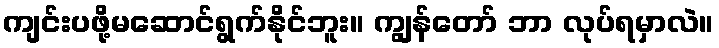
ကျင်းပဖို့မဆောင်ရွက်နိုင်ဘူး။ ကျွန်တော် ဘာ လုပ်ရမှာလဲ။